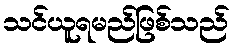
သင်ယူရမည်ဖြစ်သည်